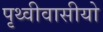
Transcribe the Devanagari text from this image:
पृथ्वीवासीयो